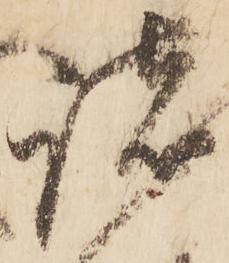
諸